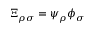
\Xi _ { \rho \sigma } = \psi _ { \rho } \phi _ { \sigma }